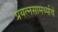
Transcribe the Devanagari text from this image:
प्रयत्‍नसामर्थ्याचे